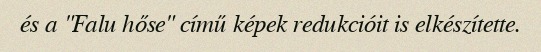
és a "Falu hőse" című képek redukcióit is elkészítette.